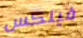
فينكس